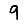
Digit: 9